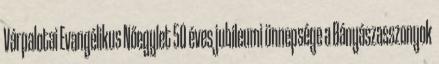
Várpalotai Evangélikus Nőegylet 50 éves jubileumi ünnepsége a Bányászasszonyok